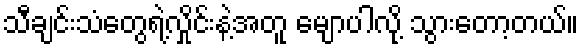
သီချင်းသံတွေရဲ့လှိုင်းနဲ့အတူ မျောပါလို့ သွားတော့တယ်။